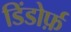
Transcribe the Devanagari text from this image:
डिंडोर्फ़